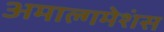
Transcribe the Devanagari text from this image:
अमाल्गमेशंस